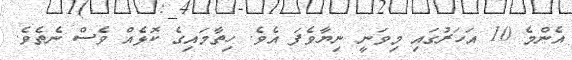
އެންމެ 10 އަހަރުގައި މިވަނީ ނިޔާވެފަ އެވެ. ހިތާމައިގެ ކޮޅެއް ވެސް ނެތެވެ.